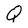
Character: Q